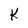
Character: K